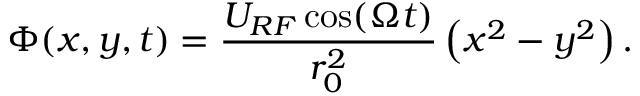
\Phi ( x , y , t ) = \frac { U _ { R F } \cos ( \Omega t ) } { r _ { 0 } ^ { 2 } } \left( x ^ { 2 } - y ^ { 2 } \right) .